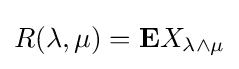
R(\lambda ,\mu )={\mathbf {E} }X_{\lambda \land \mu }